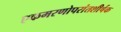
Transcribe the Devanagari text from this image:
एकमरणोपरांतशीर्षक